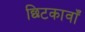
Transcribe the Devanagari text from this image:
छिटकावाँ